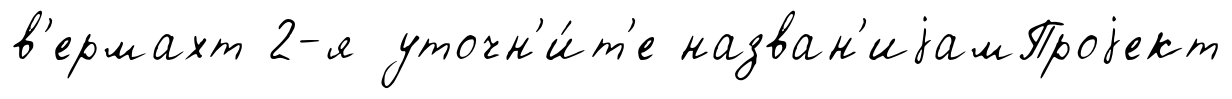
в'ермахт 2-я уточн'и́т'е назван'иjамПроjект